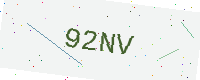
Text: 92NV